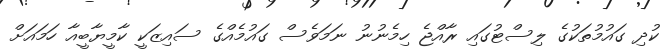
ކުދި ގައުމުތަކުގެ ލިސްޓުގައި ރާއްޖެ ހިމެނުނު ނަމަވެސް ގައުމެއްގެ ސައިޒަކީ ކާމީޔާބީއާ ހަމައަށް